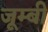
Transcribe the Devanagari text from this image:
जूम्बी